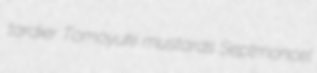
tardier Tomoyuki mustards Septmoncel